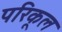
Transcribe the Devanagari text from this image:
परिकूल